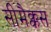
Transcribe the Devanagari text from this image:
सीमैक्कस